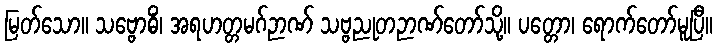
မြတ်သော။ သဗ္ဗောဓိံ၊ အရဟတ္တမဂ်ဉာဏ် သဗ္ဗညုတဉာဏ်တော်သို့။ ပတ္တော၊ ရောက်တော်မူပြီ။